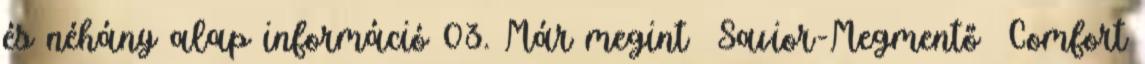
és néhány alap információ 03. Már megint Savior-Megmentő Comfort